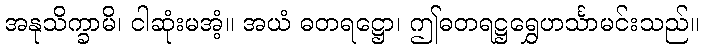
အနုသိက္ခာမိ၊ ငါဆုံးမအံ့။ အယံ ဓတရဋ္ဌော၊ ဤဓတရဋ္ဌရွှေဟင်္သာမင်းသည်။